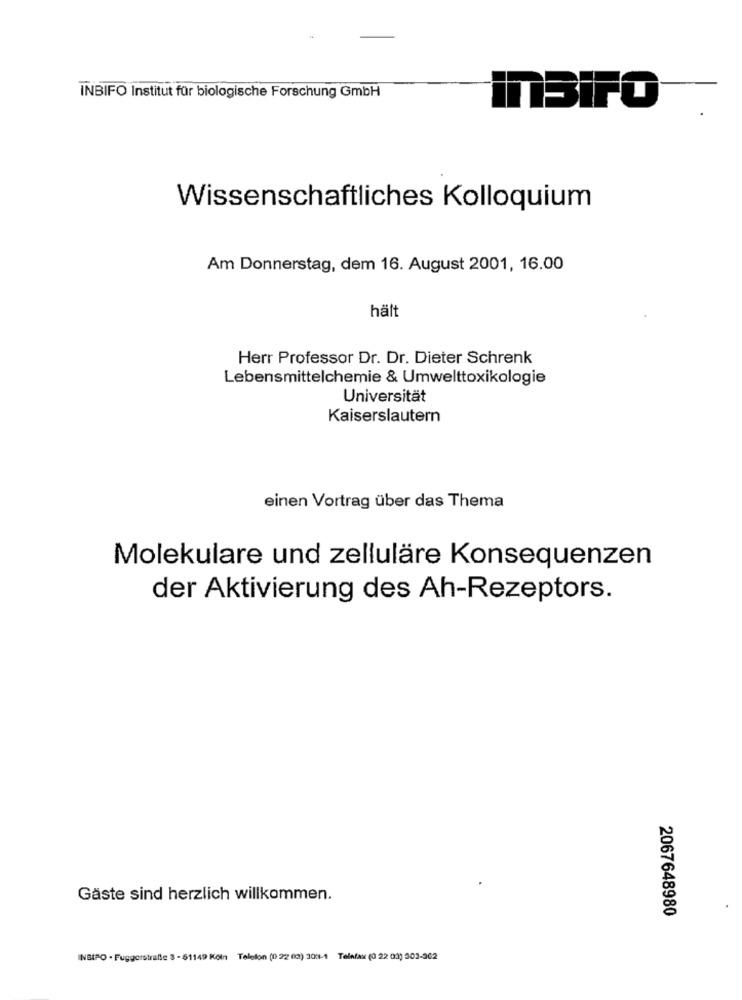
INBIFO Institut für biologische Forschung GmbH
ITBiFO
Wissenschaftliches Kolloquium
Am Donnerstag, dem 16. August 2001, 16.00
hält
Herr Professor Dr. Dr. Dieter Schrenk
Lebensmittelchemie & Umwelttoxikologie
Universität
Kaiserslautern
einen Vortrag über das Thema
Molekulare und zelluläre Konsequenzen
der Aktivierung des Ah-Rezeptors.
Gäste sind herzlich willkommen.
2067648980
INBIPO - Fuggerstraffe 3 - 51149 Köln Telefon (0 22 03) 308-1 Telefax (0 22 03) 302-362